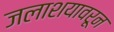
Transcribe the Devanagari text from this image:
जलाशयावरून